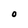
Character: 0